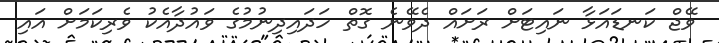
ވޭޖް ކަނޑައަޅާ ނައިޓަށް ރަށައް ދެވޭނެ ގޮތް ހަދައިދިނުމުގެ ވައުދާއެކު ވެރިކަމަށް އައި